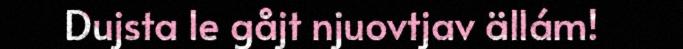
Dujsta le gåjt njuovtjav ällám!